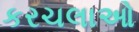
કરચલાઓ